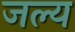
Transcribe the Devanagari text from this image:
जल्य